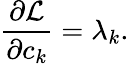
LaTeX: {\frac{\partial{\mathcal{L}}}{\partial c_{k}}}=\lambda_{k}.